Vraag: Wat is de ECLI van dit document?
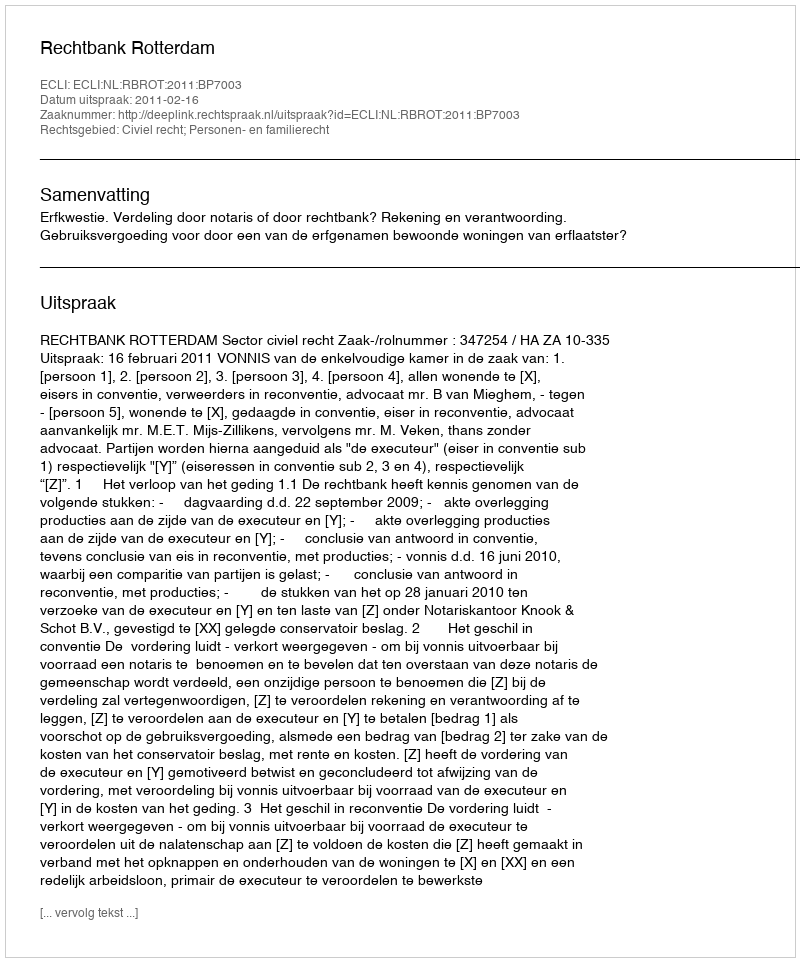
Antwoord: ECLI:NL:RBROT:2011:BP7003